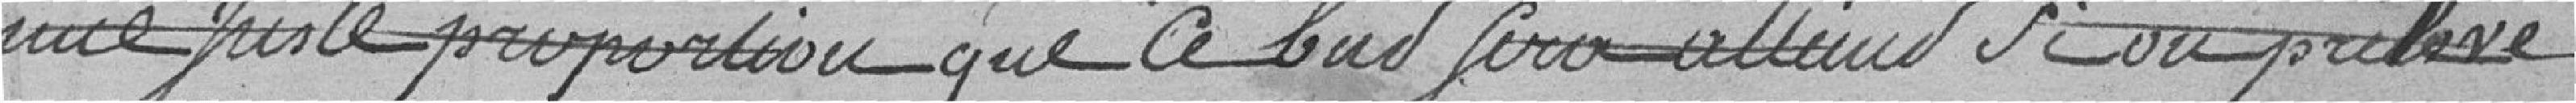
une juste proportion que ce cas sera atteint  ou prélevé